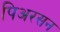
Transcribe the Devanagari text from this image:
पिअरसन